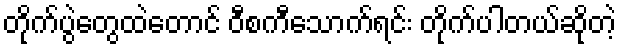
တိုက်ပွဲတွေထဲတောင် ဝီစကီသောက်ရင်း တိုက်ပါတယ်ဆိုတဲ့